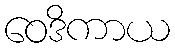
ဝေဒိကာယ